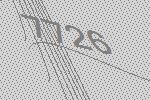
7726